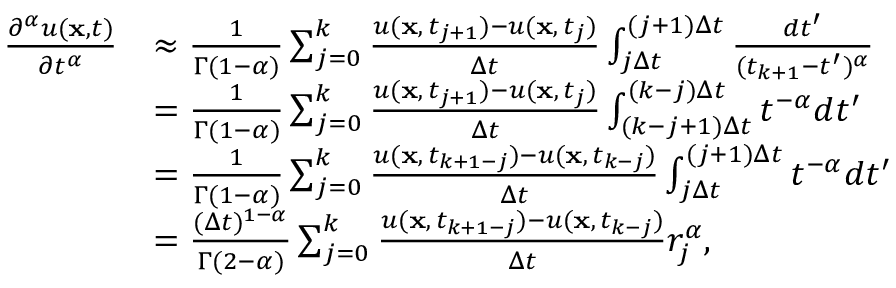
\begin{array} { r l } { \frac { \partial ^ { \alpha } u ( { \bf x } , t ) } { \partial t ^ { \alpha } } } & { \approx \frac { 1 } { \Gamma ( 1 - \alpha ) } \sum _ { j = 0 } ^ { k } \frac { u ( { \bf x } , \, t _ { j + 1 } ) - u ( { \bf x } , \, t _ { j } ) } { \Delta t } \int _ { j \Delta t } ^ { ( j + 1 ) \Delta t } \frac { d t ^ { \prime } } { ( t _ { k + 1 } - t ^ { \prime } ) ^ { \alpha } } } \\ & { = \frac { 1 } { \Gamma ( 1 - \alpha ) } \sum _ { j = 0 } ^ { k } \frac { u ( { \bf x } , \, t _ { j + 1 } ) - u ( { \bf x } , \, t _ { j } ) } { \Delta t } \int _ { ( k - j + 1 ) \Delta t } ^ { ( k - j ) \Delta t } t ^ { - \alpha } d t ^ { \prime } } \\ & { = \frac { 1 } { \Gamma ( 1 - \alpha ) } \sum _ { j = 0 } ^ { k } \frac { u ( { \bf x } , \, t _ { k + 1 - j } ) - u ( { \bf x } , \, t _ { k - j } ) } { \Delta t } \int _ { j \Delta t } ^ { ( j + 1 ) \Delta t } t ^ { - \alpha } d t ^ { \prime } } \\ & { = \frac { ( \Delta t ) ^ { 1 - \alpha } } { \Gamma ( 2 - \alpha ) } \sum _ { j = 0 } ^ { k } \frac { u ( { \bf x } , \, t _ { k + 1 - j } ) - u ( { \bf x } , \, t _ { k - j } ) } { \Delta t } r _ { j } ^ { \alpha } , } \end{array}